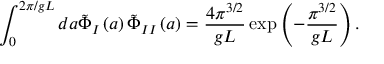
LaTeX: \int _ { 0 } ^ { 2 \pi / g L } d a \tilde { \Phi } _ { I } \left( a \right) \tilde { \Phi } _ { I I } \left( a \right) = \frac { 4 \pi ^ { 3 / 2 } } { g L } \exp \left( - \frac { \pi ^ { 3 / 2 } } { g L } \right) .